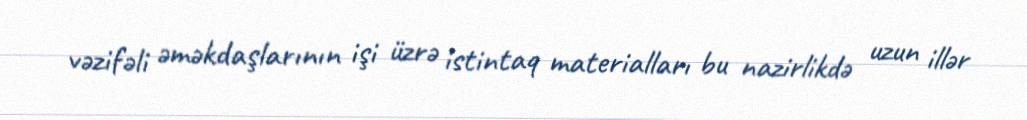
vəzifəli əməkdaşlarının işi üzrə istintaq materialları bu nazirlikdə uzun illər